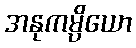
အနုကမ္ပိယော